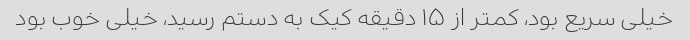
خیلى سریع بود، کمتر از ۱۵ دقیقه کیک به دستم رسید، خیلى خوب بود